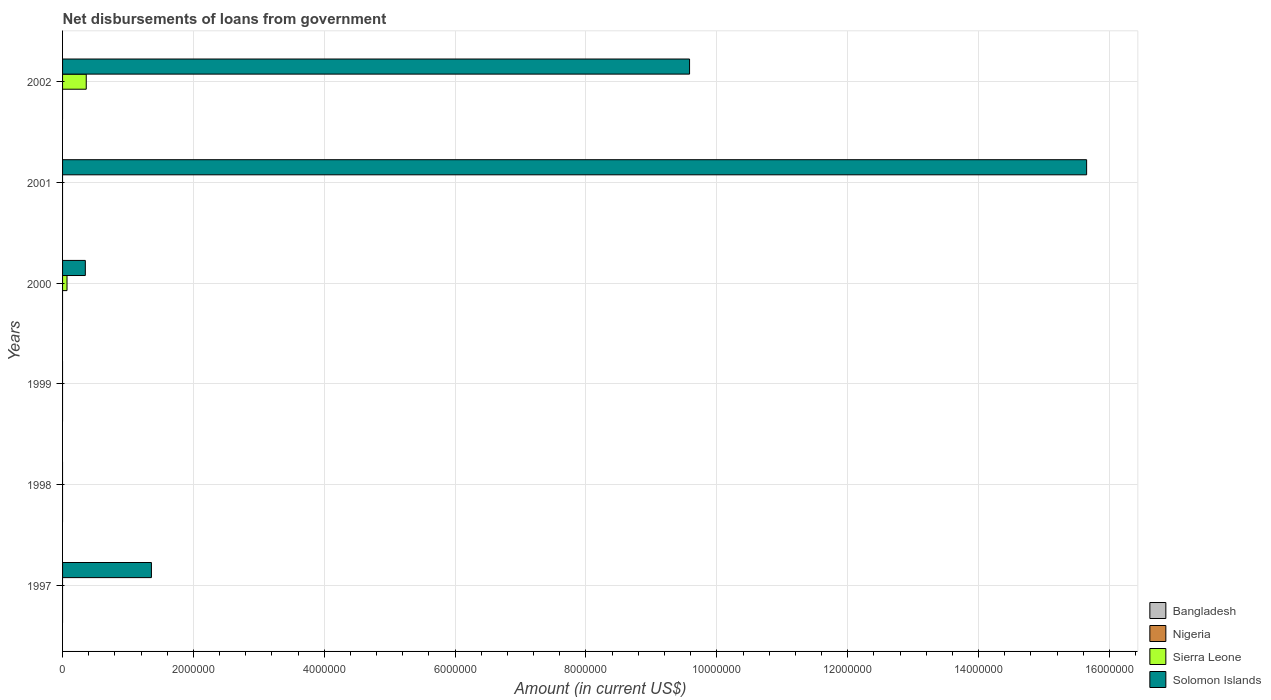
| Years | Bangladesh | Nigeria | Sierra Leone | Solomon Islands |
 | --- | --- | --- | --- | --- |
 | 1997 | -1.41e+08 | -1.15e+08 | -3.68e+06 | 1.36e+06 |
 | 1998 | -1.17e+08 | -3.29e+08 | -1.65e+06 | -6.5e+05 |
 | 1999 | -1.81e+08 | -9.37e+06 | -2.48e+06 | -2.04e+06 |
 | 2000 | -1.53e+08 | -5.1e+08 | 6.8e+04 | 3.48e+05 |
 | 2001 | -1.04e+06 | -1.21e+09 | -4.04e+06 | 1.57e+07 |
 | 2002 | -9.52e+07 | -2.02e+08 | 3.62e+05 | 9.58e+06 |